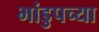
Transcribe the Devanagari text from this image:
भांडुपच्या